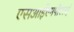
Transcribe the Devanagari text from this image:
एसआईएमपीएलई